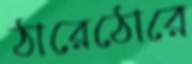
ঠারেঠোরে